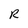
Character: R